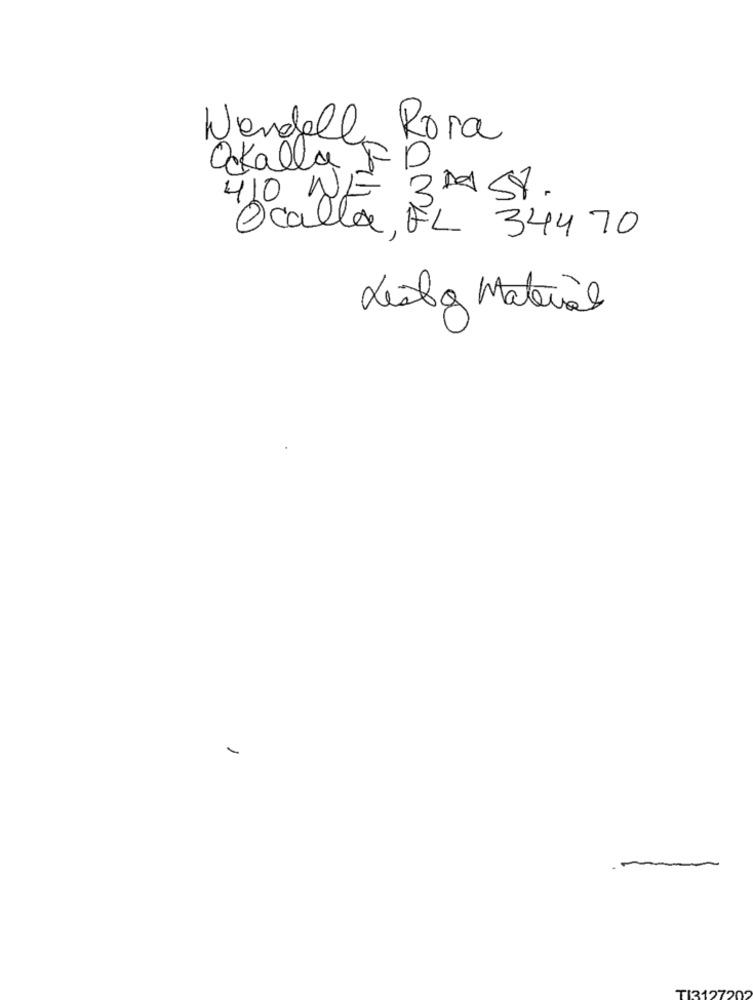
Nendelle
Rora
Ockalla F
D
410 N/
3MAST.
Ocalla
, FL 34470
Listo Material
-
TI31272